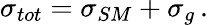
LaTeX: \sigma_{tot}=\sigma_{SM}+\sigma_{g}\, .